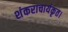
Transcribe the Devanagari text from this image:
शंकराचार्यकृत।